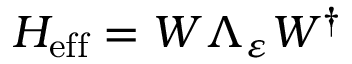
H _ { \mathrm { e f f } } = W \Lambda _ { \varepsilon } W ^ { \dagger }